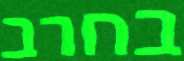
בחרב